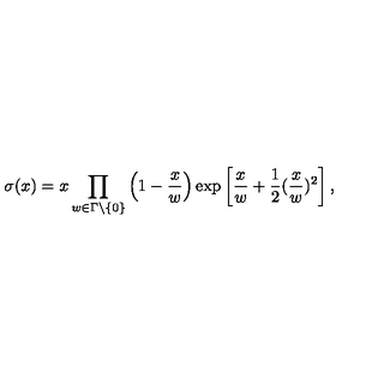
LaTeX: \sigma ( x ) = x \prod _ { w \in \Gamma \setminus \{ 0 \} } \left( 1 - \frac { x } { w } \right) \exp \left[ \frac { x } { w } + \frac { 1 } { 2 } ( \frac { x } { w } ) ^ { 2 } \right] ,